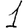
Digit: 1